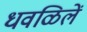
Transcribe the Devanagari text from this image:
धवळिलें